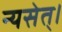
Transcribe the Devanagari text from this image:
न्यसेत्‌।